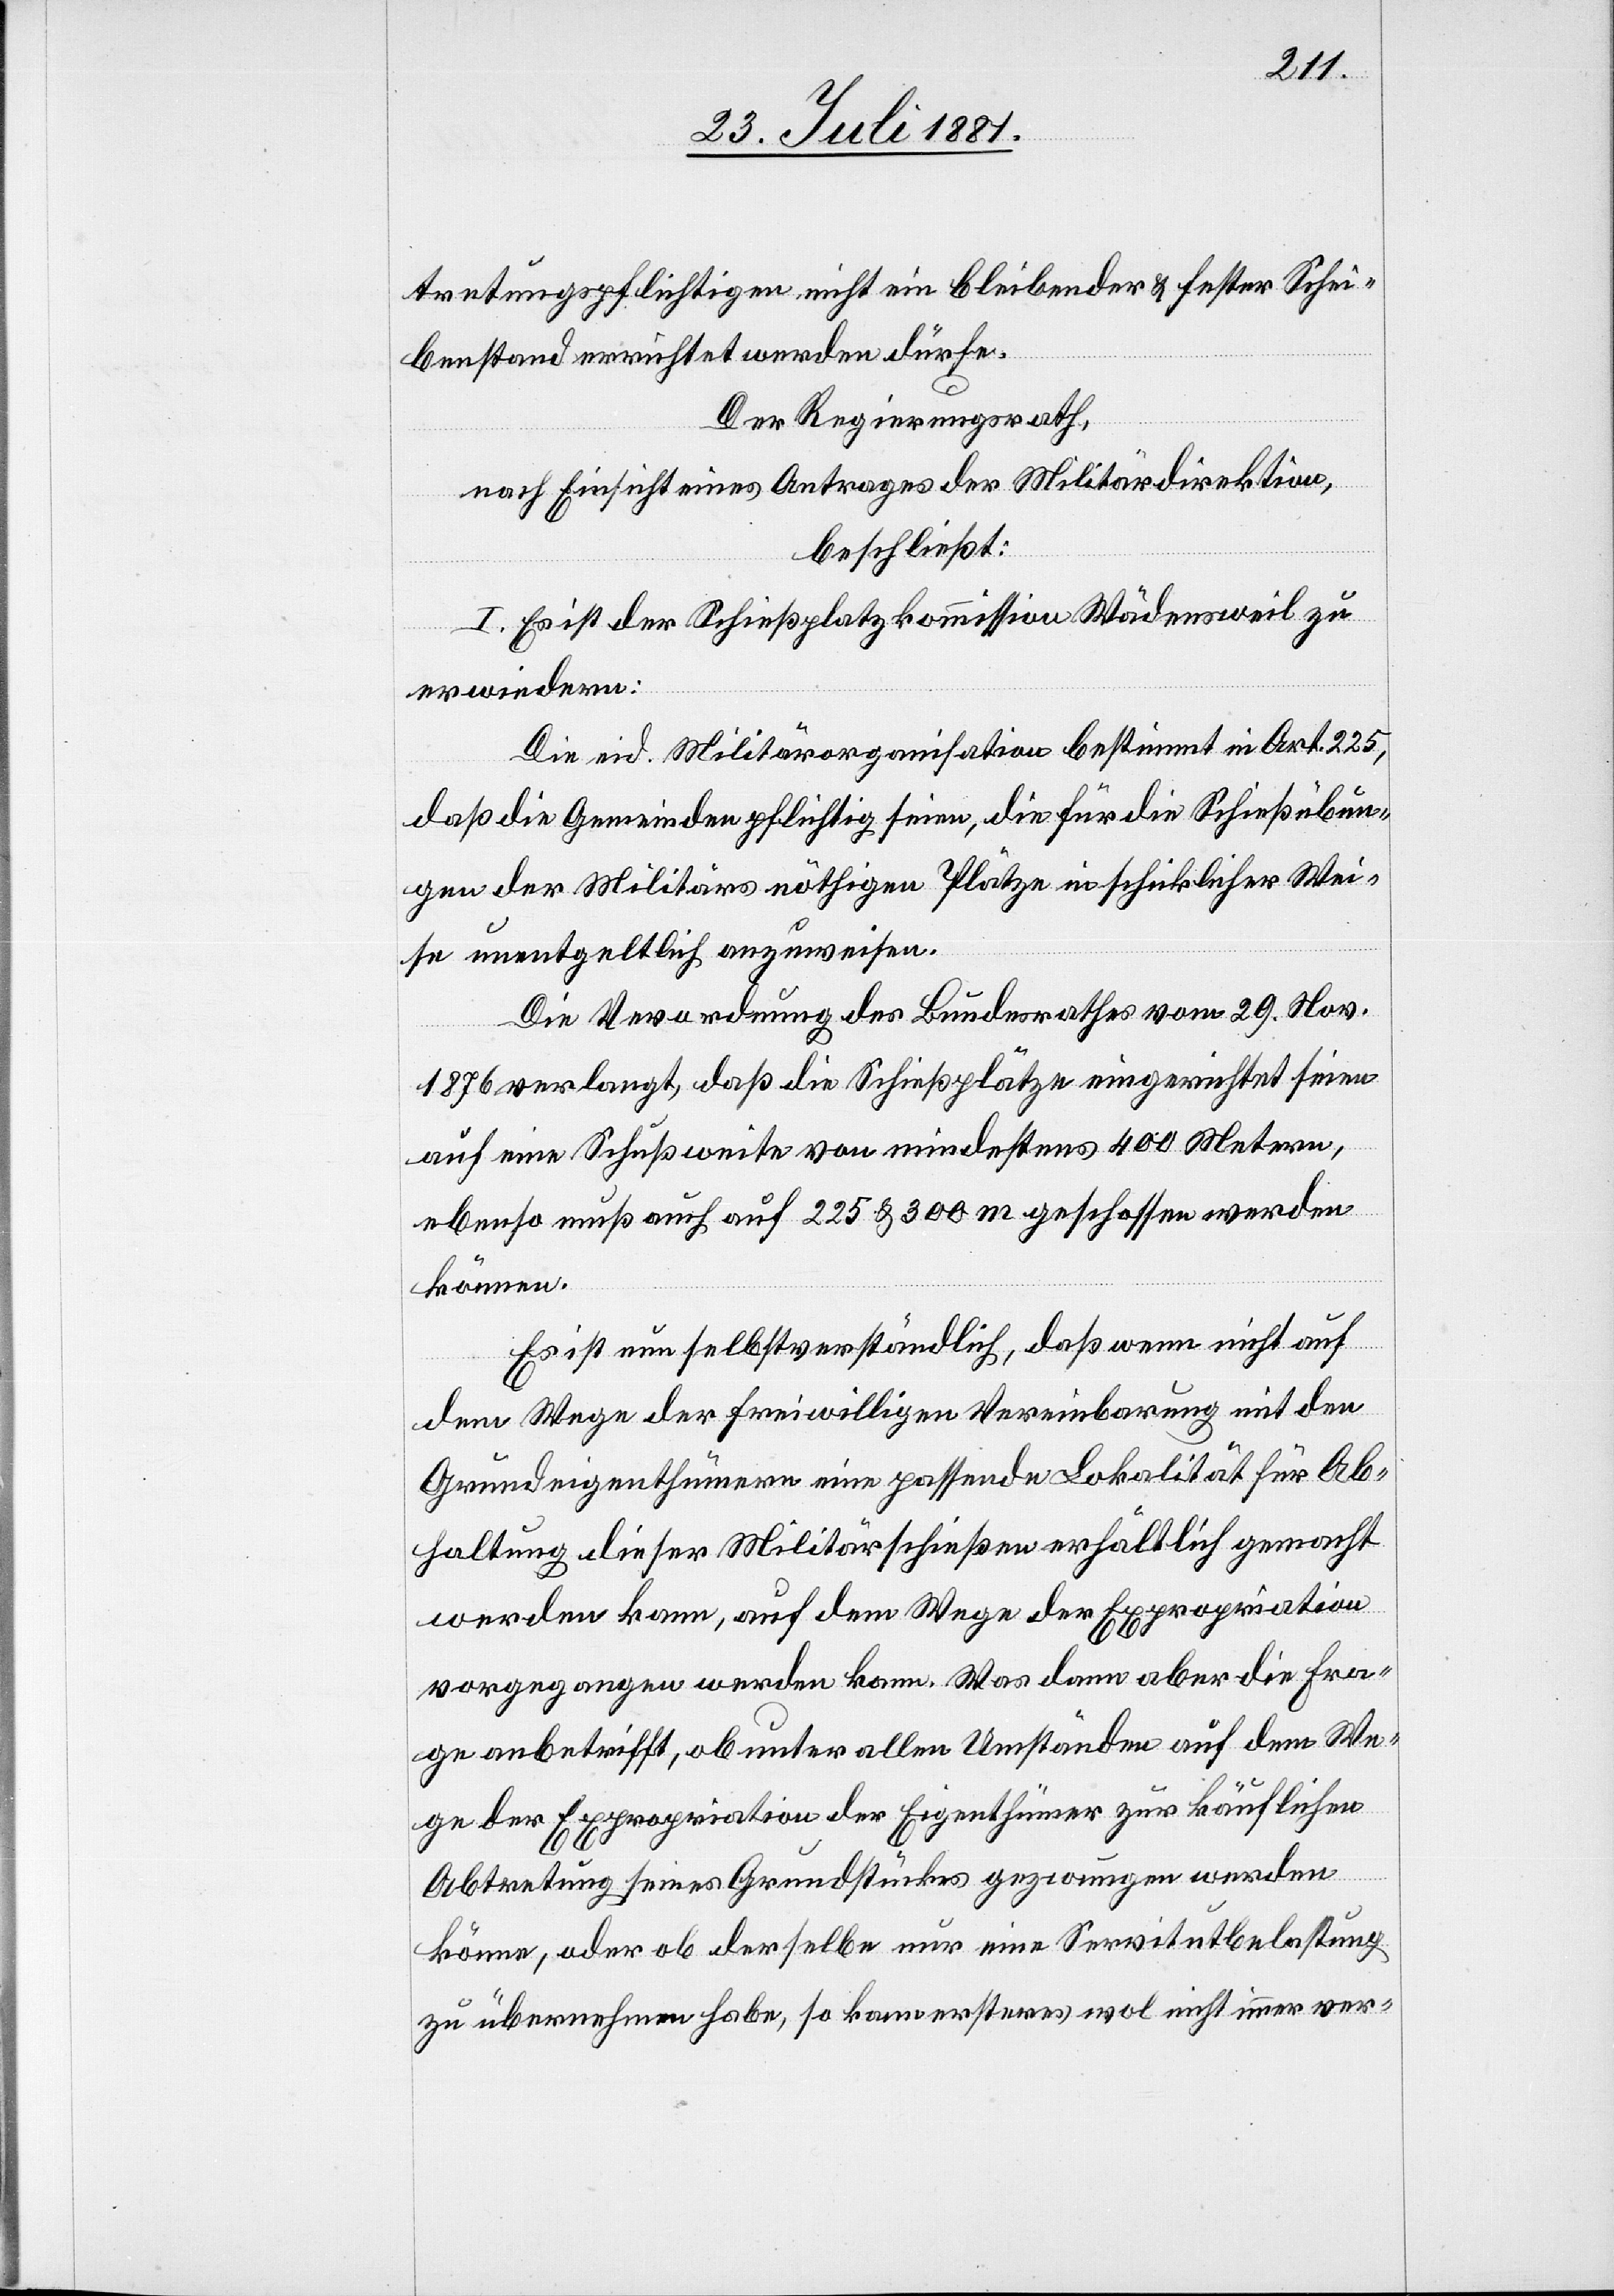
tretungspflichtigen nicht ein bleibender & fester Schei¬
benstand errichtet werden dürfe.
Der Regierungsrath,
in
nach Einsicht eines Antrages der Militärdirektion,
beschließt:
I. Es ist der Schießplatzkommission Wädensweil zu
erwiedern:
Die eid. Militärorganisation bestimmt in Art. 225,
daß die Gemeinden pflichtig seien, die für die Schießübun¬
ise unentgeltlich anzuweisen.
Die Verordnung des Bundesrathes vom 29. Nov.
1876 verlangt, daß die Schießplätze eingerichtet seien
auf eine Schußweite von mindestens 400 Metern,
ebenso muß auch auf 225 & 300 m geschossen werden
können.
Es ist nun selbstverständlich, daß wenn nicht auf
We¬
dem Wege der freiwilligen Vereinbarung mit den
Grundeigenthümern eine passende Lokalität für Ab¬
haltung dieser Militärschießen erhältlich gemacht
werden kann, auf dem Wege der Expropriation
vorgegangen werden kann. Was dann aber die Fra¬
ge anbetrifft, ob unter allen Umständen auf dem We¬
ge der Expropriation der Eigenthümer zur käuflichen
Abtretung seines Grundstückes gezwungen werden
könne, oder ob derselbe nur eine Servitutbelastung
zu übernehmen habe, so kann ersteres wol nicht immer ver-